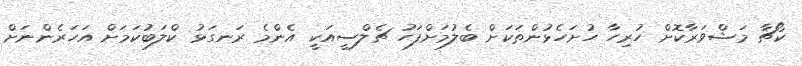
ކޯޗާ މަޝްވަރާކޮށް ހުރިހާ ހުށަހެޅުންތަކަށް ބެލުމަށްފަހު ޗެލްސީއަކީ އެންމެ ރަނގަޅު ކްލަބުކަމަށް އަހަރެންނަށް